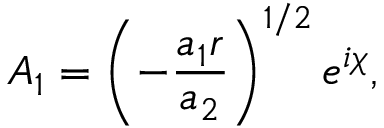
A _ { 1 } = \left( - \frac { a _ { 1 } r } { a _ { 2 } } \right) ^ { 1 / 2 } e ^ { i \chi } ,